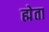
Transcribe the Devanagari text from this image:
ह्मेता